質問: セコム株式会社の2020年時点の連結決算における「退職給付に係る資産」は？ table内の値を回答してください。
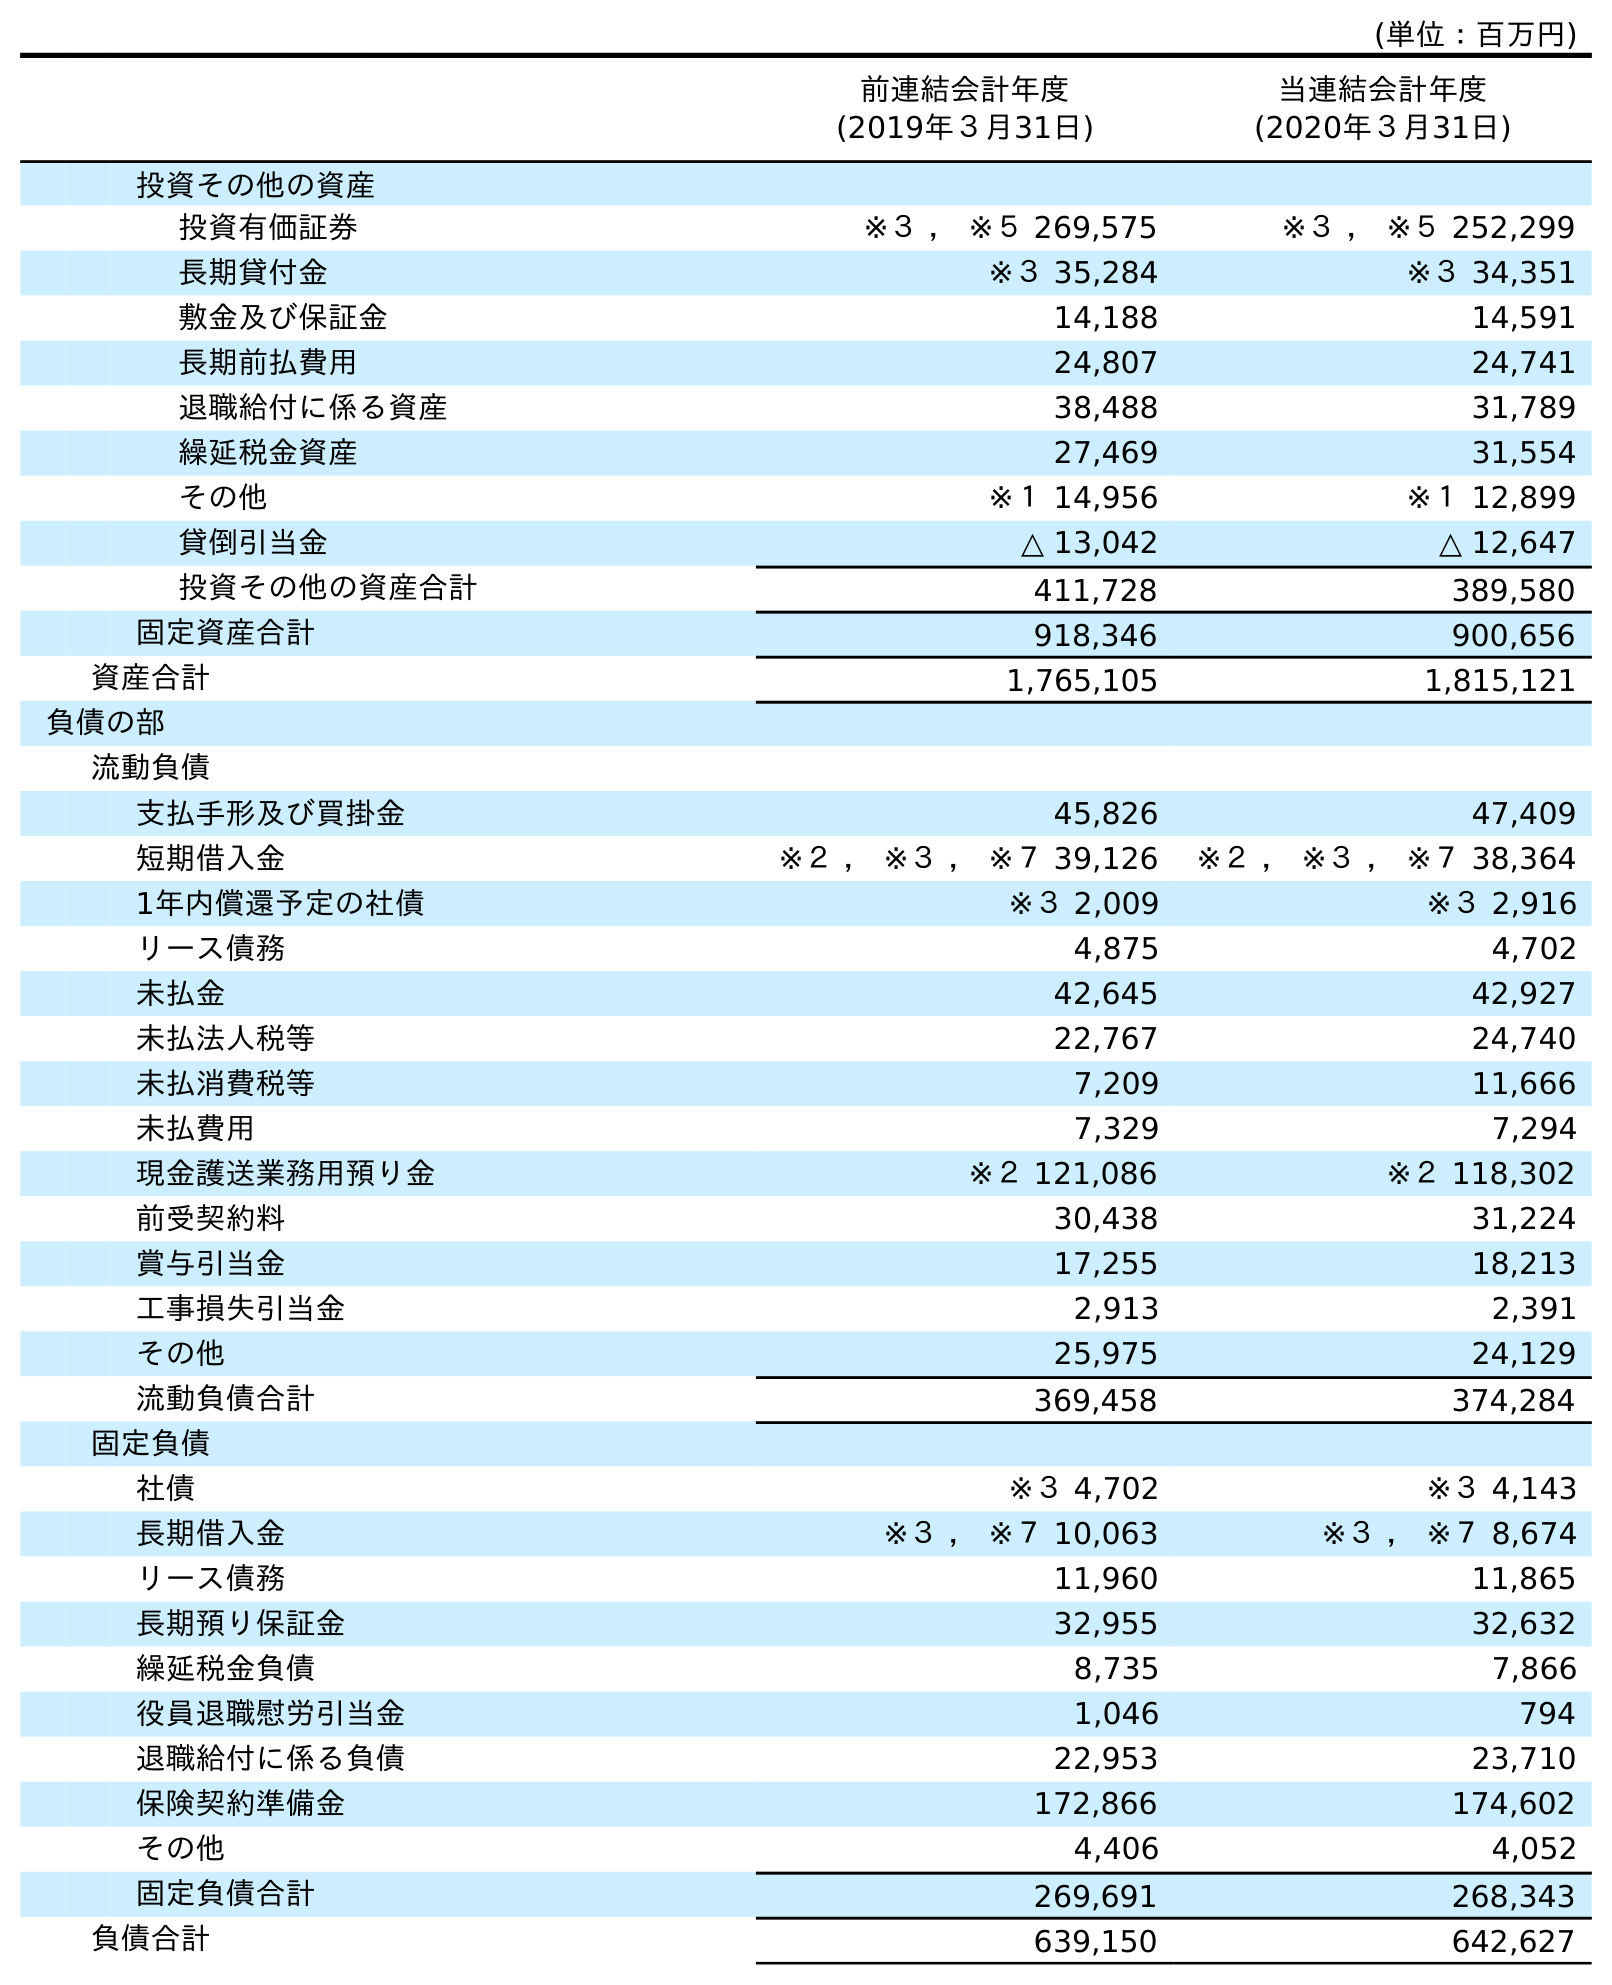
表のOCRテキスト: (単位：百万円) 前連結会計年度 (2019年３月31日) 当連結会計年度 (2020年３月31日) 投資その他の資産 投資有価証券 ※３ ， ※５ 269,575 ※３ ， ※５ 252,299 長期貸付金 ※３ 35,284 ※３ 34,351 敷金及び保証金 14,188 14,591 長期前払費用 24,807 24,741 退職給付に係る資産 38,488 31,789 繰延税金資産 27,469 31,554 その他 ※１ 14,956 ※１ 12,899 貸倒引当金 △ 13,042 △ 12,647 投資その他の資産合計 411,728 389,580 固定資産合計 918,346 900,656 資産合計 1,765,105 1,815,121 負債の部 流動負債 支払手形及び買掛金 45,826 47,409 短期借入金 ※２ ， ※３ ， ※７ 39,126 ※２ ， ※３ ， ※７ 38,364 1年内償還予定の社債 ※３ 2,009 ※３ 2,916 リース債務 4,875 4,702 未払金 42,645 42,927 未払法人税等 22,767 24,740 未払消費税等 7,209 11,666 未払費用 7,329 7,294 現金護送業務用預り金 ※２ 121,086 ※２ 118,302 前受契約料 30,438 31,224 賞与引当金 17,255 18,213 工事損失引当金 2,913 2,391 その他 25,975 24,129 流動負債合計 369,458 374,284 固定負債 社債 ※３ 4,702 ※３ 4,143 長期借入金 ※３ ， ※７ 10,063 ※３ ， ※７ 8,674 リース債務 11,960 11,865 長期預り保証金 32,955 32,632 繰延税金負債 8,735 7,866 役員退職慰労引当金 1,046 794 退職給付に係る負債 22,953 23,710 保険契約準備金 172,866 174,602 その他 4,406 4,052 固定負債合計 269,691 268,343 負債合計 639,150 642,627
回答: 31,789